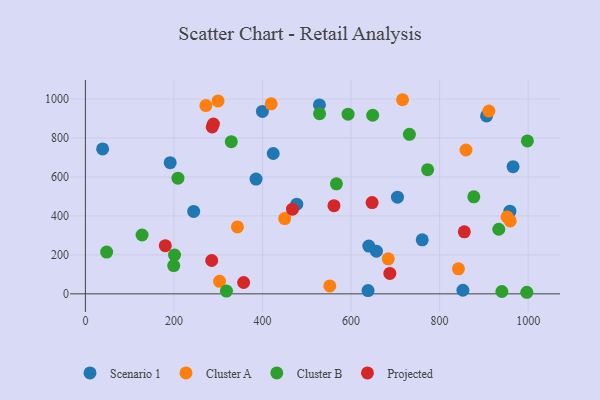
{"axis": {"x": "Investment", "y": "Salary"}, "legend": ["Cluster A", "Cluster B", "Projected", "Scenario 1"], "data": [{"x": "638.4", "y": 17.0, "type": "Scenario 1"}, {"x": "966.0", "y": 652.9, "type": "Scenario 1"}, {"x": "657.3", "y": 218.9, "type": "Scenario 1"}, {"x": "704.9", "y": 496.2, "type": "Scenario 1"}, {"x": "528.6", "y": 969.5, "type": "Scenario 1"}, {"x": "958.8", "y": 424.4, "type": "Scenario 1"}, {"x": "640.1", "y": 245.3, "type": "Scenario 1"}, {"x": "399.8", "y": 936.1, "type": "Scenario 1"}, {"x": "38.9", "y": 743.8, "type": "Scenario 1"}, {"x": "385.4", "y": 589.1, "type": "Scenario 1"}, {"x": "852.7", "y": 18.6, "type": "Scenario 1"}, {"x": "477.4", "y": 460.5, "type": "Scenario 1"}, {"x": "191.5", "y": 673.3, "type": "Scenario 1"}, {"x": "244.6", "y": 422.8, "type": "Scenario 1"}, {"x": "760.8", "y": 277.4, "type": "Scenario 1"}, {"x": "906.1", "y": 913.2, "type": "Scenario 1"}, {"x": "424.2", "y": 720.4, "type": "Scenario 1"}, {"x": "343.4", "y": 343.4, "type": "Cluster A"}, {"x": "859.6", "y": 738.3, "type": "Cluster A"}, {"x": "959.6", "y": 374.5, "type": "Cluster A"}, {"x": "303.0", "y": 64.3, "type": "Cluster A"}, {"x": "419.6", "y": 975.1, "type": "Cluster A"}, {"x": "911.3", "y": 938.2, "type": "Cluster A"}, {"x": "716.3", "y": 996.3, "type": "Cluster A"}, {"x": "299.6", "y": 989.9, "type": "Cluster A"}, {"x": "272.1", "y": 966.5, "type": "Cluster A"}, {"x": "450.1", "y": 386.1, "type": "Cluster A"}, {"x": "552.0", "y": 40.8, "type": "Cluster A"}, {"x": "952.6", "y": 394.7, "type": "Cluster A"}, {"x": "842.6", "y": 128.4, "type": "Cluster A"}, {"x": "684.0", "y": 180.0, "type": "Cluster A"}, {"x": "997.0", "y": 8.1, "type": "Cluster B"}, {"x": "773.0", "y": 637.4, "type": "Cluster B"}, {"x": "877.3", "y": 498.2, "type": "Cluster B"}, {"x": "528.9", "y": 924.5, "type": "Cluster B"}, {"x": "318.6", "y": 14.1, "type": "Cluster B"}, {"x": "593.3", "y": 922.1, "type": "Cluster B"}, {"x": "128.0", "y": 302.0, "type": "Cluster B"}, {"x": "648.9", "y": 916.7, "type": "Cluster B"}, {"x": "201.3", "y": 199.5, "type": "Cluster B"}, {"x": "199.5", "y": 145.0, "type": "Cluster B"}, {"x": "940.7", "y": 12.1, "type": "Cluster B"}, {"x": "329.5", "y": 781.2, "type": "Cluster B"}, {"x": "567.0", "y": 564.8, "type": "Cluster B"}, {"x": "933.7", "y": 331.5, "type": "Cluster B"}, {"x": "48.0", "y": 214.5, "type": "Cluster B"}, {"x": "209.0", "y": 593.8, "type": "Cluster B"}, {"x": "998.3", "y": 785.1, "type": "Cluster B"}, {"x": "731.8", "y": 818.5, "type": "Cluster B"}, {"x": "357.4", "y": 58.3, "type": "Projected"}, {"x": "647.6", "y": 468.4, "type": "Projected"}, {"x": "561.4", "y": 452.3, "type": "Projected"}, {"x": "180.5", "y": 247.3, "type": "Projected"}, {"x": "286.4", "y": 856.5, "type": "Projected"}, {"x": "687.6", "y": 104.6, "type": "Projected"}, {"x": "285.3", "y": 171.3, "type": "Projected"}, {"x": "467.7", "y": 434.6, "type": "Projected"}, {"x": "289.1", "y": 871.5, "type": "Projected"}, {"x": "855.9", "y": 318.5, "type": "Projected"}]}